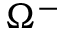
\Omega ^ { - }